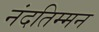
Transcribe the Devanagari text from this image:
नंदतिम्मन